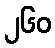
၂၆၀